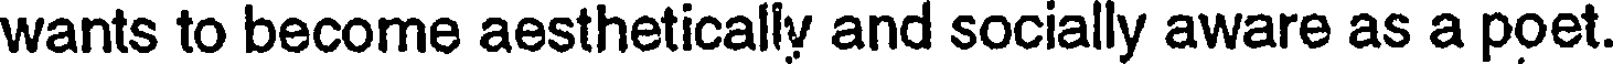
wants to become aesthetically and socially aware as a poet.